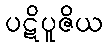
ပဋိပူဇိယ